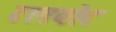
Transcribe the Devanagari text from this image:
टलबोट